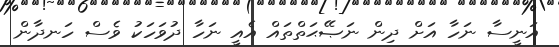
އަނީސާ ނަހާ އަށް ދިން ނަޞޭޙަތްތައް އެއީ ނަހާ ދުވަހަކު ވެސް ހަނދާން